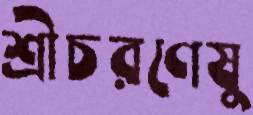
শ্রীচরণেষু